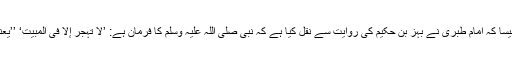
یہ مفارقت صرف خواب گاہ تک محدود ہو، جیسا کہ امام طبری نے بہز بن حکیم کی روایت سے نقل کیا ہے کہ نبی صلی اللہ علیہ وسلم کا فرمان ہے: ’لا تہجر إلا فی المبیت‘ ’’یعنی صرف خواب گاہ میں علیحدگی اختیار کرو۔